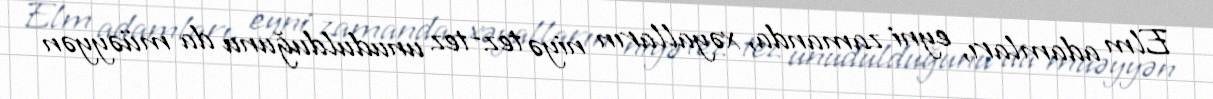
Elm adamları, eyni zamanda, xəyalların niyə tez-tez unudulduğunu da müəyyən